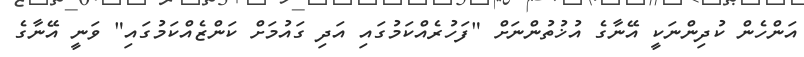
އަންހެން ކުދިންނަކީ އޭނާގެ އުޚުތުންނަށް "ފަހުރެއްކަމުގައި އަދި ގައުމަށް ކަންޒެއްކަމުގައި" ވަނީ އޭނާގެ